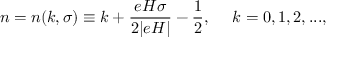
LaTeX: n = n ( k , \sigma ) \equiv k + \frac { e H \sigma } { 2 | e H | } - \frac { 1 } { 2 } , ~ ~ ~ ~ k = 0 , 1 , 2 , . . . ,